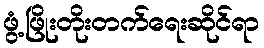
ဖွံ့ဖြိုးတိုးတက်ရေးဆိုင်ရာ